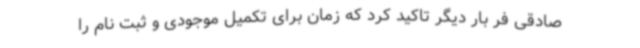
صادقی فر بار دیگر تاکید کرد که زمان برای تکمیل موجودی و ثبت نام را